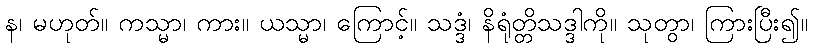
န၊ မဟုတ်။ ကသ္မာ၊ ကား။ ယသ္မာ၊ ကြောင့်။ သဒ္ဒံ၊ နိရုံတ္တိသဒ္ဒါကို။ သုတွာ၊ ကြားပြီး၍။